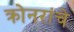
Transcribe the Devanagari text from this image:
क्रोनरांचे